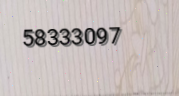
58333097